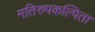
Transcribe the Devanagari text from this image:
मतिरुपकल्पिता